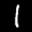
Label: 1